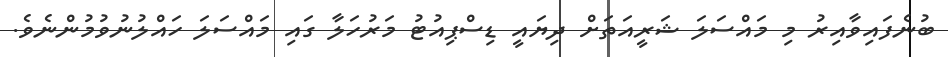
ބުނެފައިވާއިރު މި މައްސަލަ ޝަރީއަތަށް ދިޔައީ ޑިސްޕިއުޓު މަރުހަލާ ގައި މައްސަލަ ހައްލުނުވުމުންނެވެ.